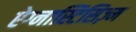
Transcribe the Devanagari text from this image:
ऐग्नास्टिसिज़्म